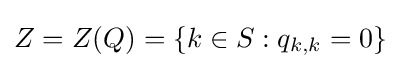
Z=Z(Q)=\{k\in S:q_{k,k}=0\}